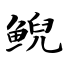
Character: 鲵